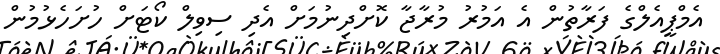
އެމްޕީއެލްގެ ފަރާތުން އެ އަމުރު މުރާޖާ ކޮށްދިނުމަށް އެދި ސިވިލް ކޯޓަށް ހުށަހެޅުމުން